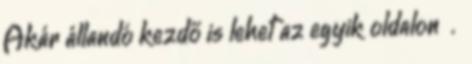
Akár állandó kezdő is lehet az egyik oldalon .